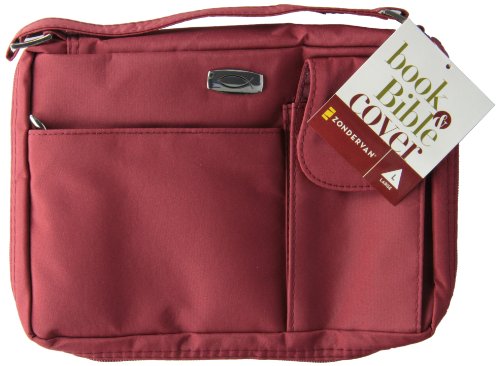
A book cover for Microfiber Red with Exterior Pockets, LG Bible Cover; Zondervan; Christian Books & Bibles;